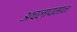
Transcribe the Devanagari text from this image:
अचलायमान